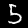
Digit: 5